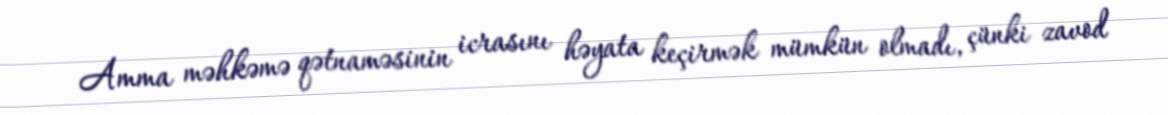
Amma məhkəmə qətnaməsinin icrasını həyata keçirmək mümkün olmadı, çünki zavod